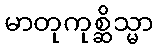
မာတုကုစ္ဆိသ္မာ